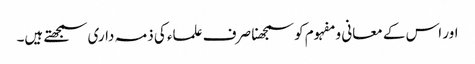
اور اس کے معانی و مفہوم کو سمجھنا صرف علماء کی ذمہ داری سمجھتے ہیں۔